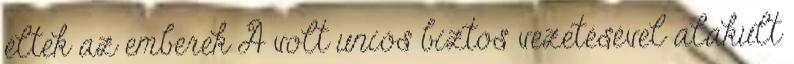
éltek az emberek A volt uniós biztos vezetésével alakult